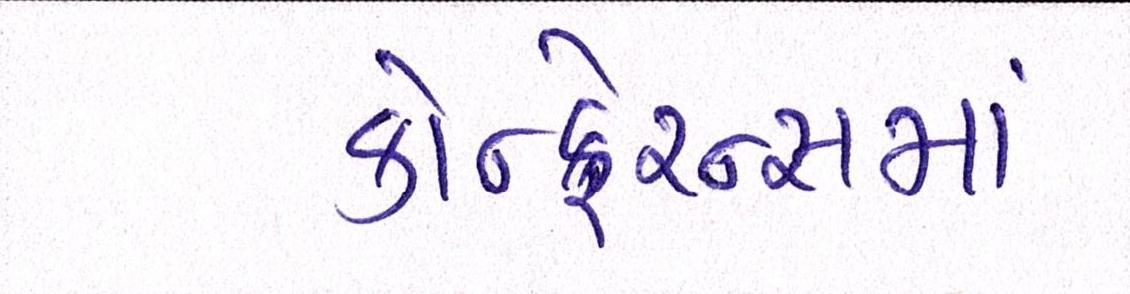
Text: કોન્ફ્રેન્સમાં